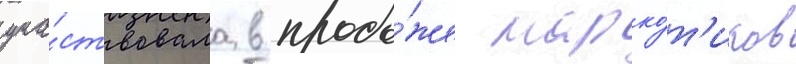
уча́ствовала в прода́же нарко́т'иков